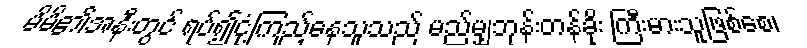
မိမိ၏အနီးတွင် ရပ်၍ငုံ့ကြည့်နေသူသည် မည်မျှဘုန်းတန်ခိုး ကြီးမားသူဖြစ်စေ၊